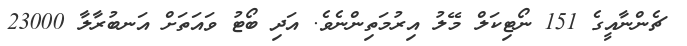
ޗެންނާއީގެ 151 ނޯޓިކަލް މޭލު އިރުމަތިންނެވެ. އަދި ބޯޓު ވައަތަށް އަނބުރާލާ 23000